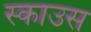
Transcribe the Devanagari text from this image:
स्काउस